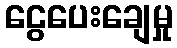
ငွေပေးချေမှု